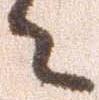
々